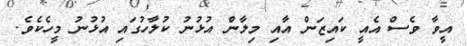
އީވާ ވެސް އެއީ ކައިޒަން އާއި މިލާން އުޅުނު ކުލާހުގައި އުޅުނު މީހެކެވެ.